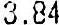
3.84